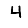
Digit: 4